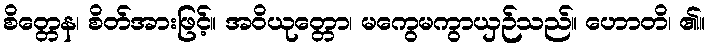
စိတ္တေန၊ စိတ်အားဖြင့်။ အဝိယုတ္တော၊ မကွေမကွာယှဉ်သည်။ ဟောတိ၊ ၏။